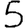
Digit: 5